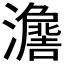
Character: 𱪃